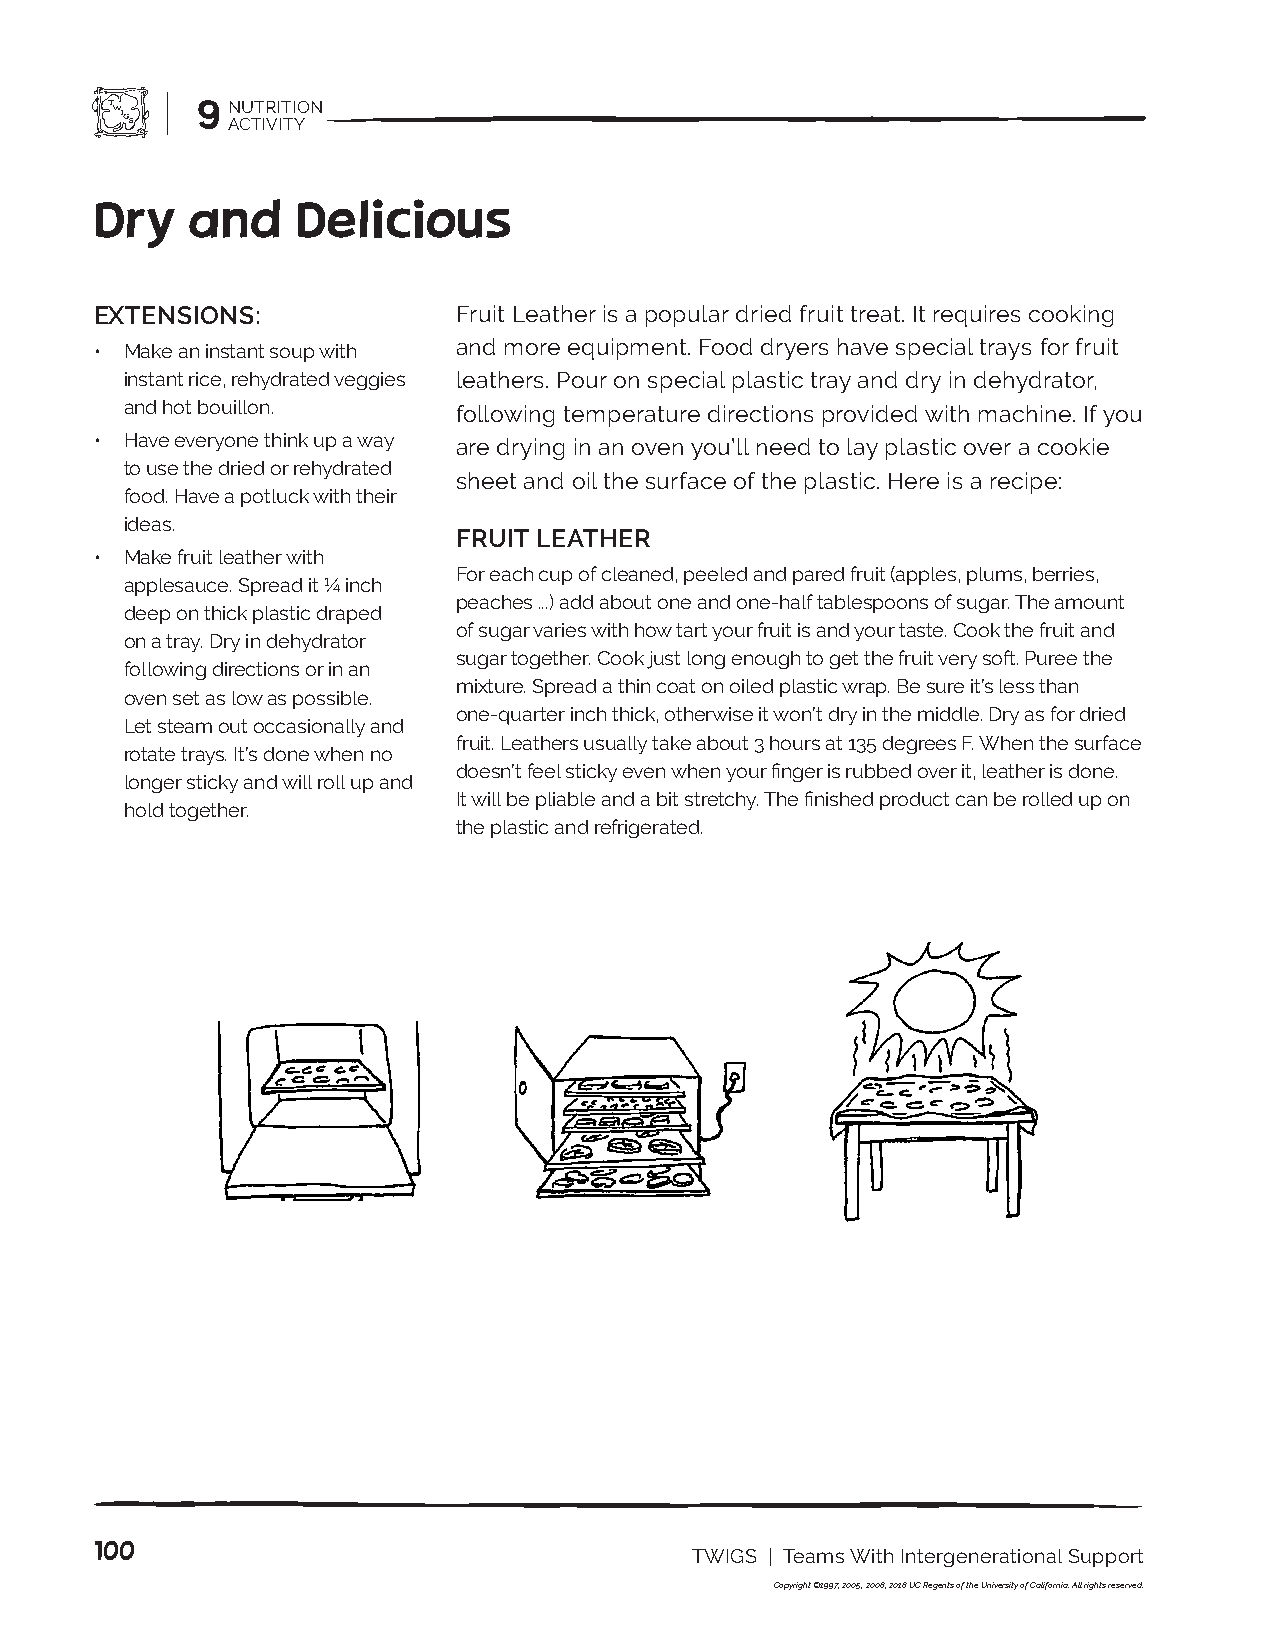
9 NUTRITION
 ACTIVITY
 Dry   and     Delicious
 EXTENSIONS:             Fruit Leather is a popular dried fruit treat. It requires cooking
 • Make an instant soup with and more equipment. Food dryers have special trays for fruit
 instant rice, rehydrated veggies leathers. Pour on special plastic tray and dry in dehydrator,
 and hot bouillon.     following temperature directions provided with machine. If you
 • Have everyone think up a way are drying in an oven you’ll need to lay plastic over a cookie
 to use the dried or rehydrated
 sheet and oil the surface of the plastic. Here is a recipe:
 food. Have a potluck with their
 ideas.
 FRUIT LEATHER
 • Make fruit leather with
 For each cup of cleaned, peeled and pared fruit (apples, plums, berries,
 applesauce. Spread it ¼ inch
 peaches ...) add about one and one-half tablespoons of sugar. The amount
 deep on thick plastic draped
 of sugar varies with how tart your fruit is and your taste. Cook the fruit and
 on a tray. Dry in dehydrator
 sugar together. Cook just long enough to get the fruit very soft. Puree the
 following directions or in an
 mixture. Spread a thin coat on oiled plastic wrap. Be sure it’s less than
 oven set as low as possible.
 one-quarter inch thick, otherwise it won’t dry in the middle. Dry as for dried
 Let steam out occasionally and
 fruit. Leathers usually take about 3 hours at 135 degrees F. When the surface
 rotate trays. It’s done when no
 doesn’t feel sticky even when your finger is rubbed over it, leather is done.
 longer sticky and will roll up and
 It will be pliable and a bit stretchy. The finished product can be rolled up on
 hold together.
 the plastic and refrigerated.
 100
 TWIGS | Teams With Intergenerational Support
 Copyright ©1997, 2005, 2008, 2018 UC Regents of the University of California. All rights reserved.